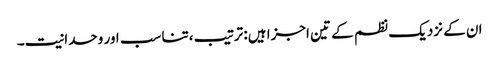
ان کے نزدیک نظم کے تین اجزا ہیں: ترتیب ،تناسب اور وحدانیت۔